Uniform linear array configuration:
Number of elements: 64
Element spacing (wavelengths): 1
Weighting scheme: uniform
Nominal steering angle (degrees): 0
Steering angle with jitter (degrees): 1.895
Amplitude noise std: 0.05
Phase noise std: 0.05

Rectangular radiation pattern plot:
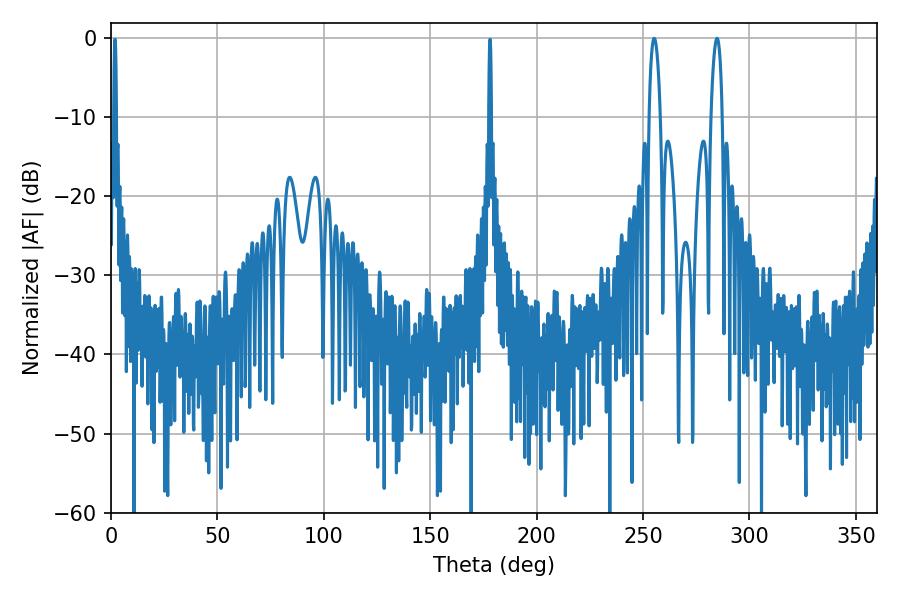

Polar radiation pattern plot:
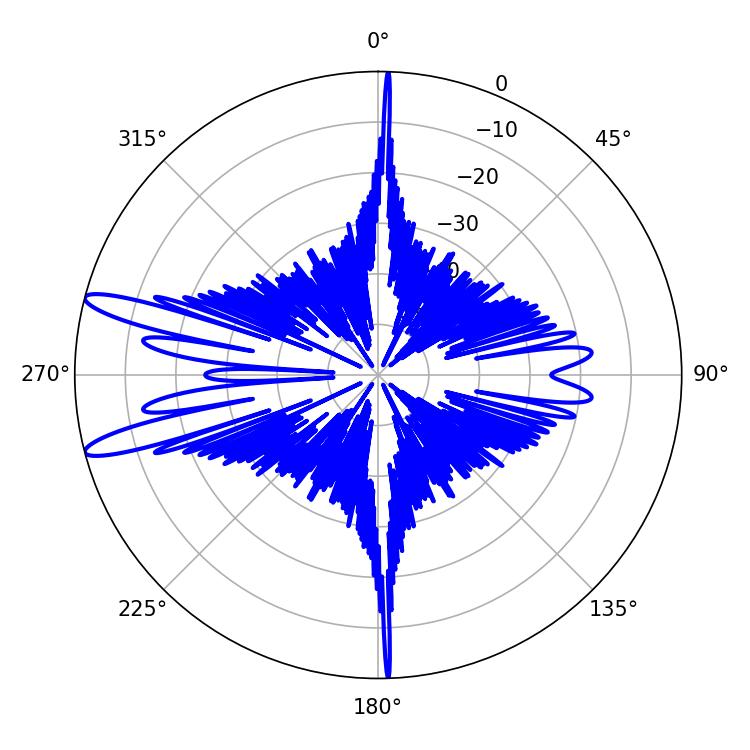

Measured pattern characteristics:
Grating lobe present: TRUE
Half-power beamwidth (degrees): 3.06
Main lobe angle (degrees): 284.76